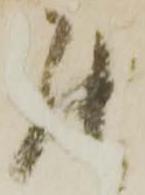
罷